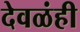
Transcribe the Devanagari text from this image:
देवळंही